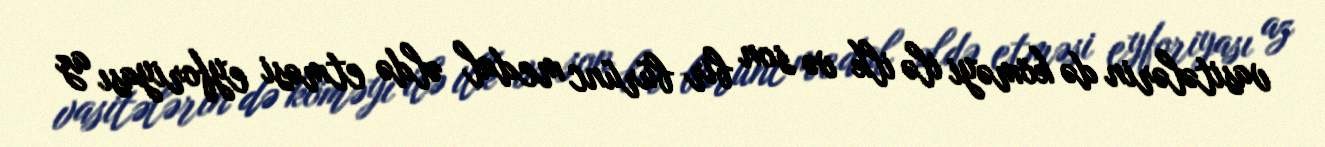
vasitələrin də köməyi ilə ilk və son bir bürünc medal əldə etməsi eyforiyası az